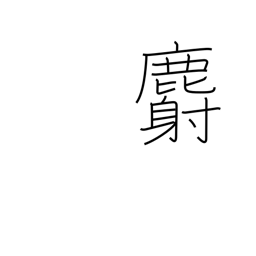
Meaning: musk deer